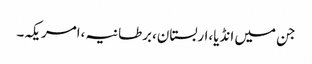
جن میں انڈیا،اربستان،برطانیہ،امریکہ۔